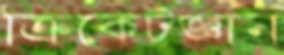
ক্রিকেটজ্ঞান